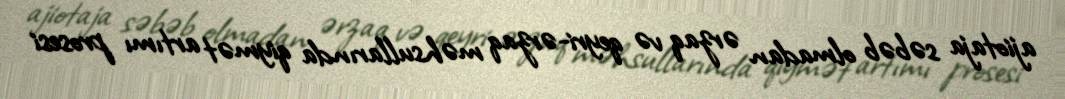
ajiotaja səbəb olmadan ərzaq və qeyri-ərzaq məhsullarında qiymət artımı prosesi